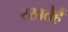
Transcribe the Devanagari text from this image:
रखतेहैं